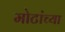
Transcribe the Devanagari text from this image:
मोटांच्या